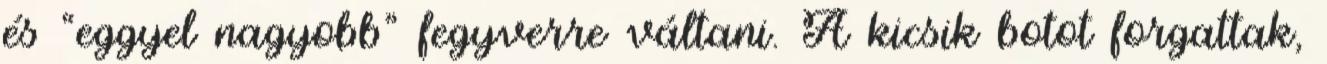
és “eggyel nagyobb” fegyverre váltani. A kicsik botot forgattak,